Sanitation, dispensaries and jails vaccination Rajputana 1922-1927 - 1922-1927
Year: 1922
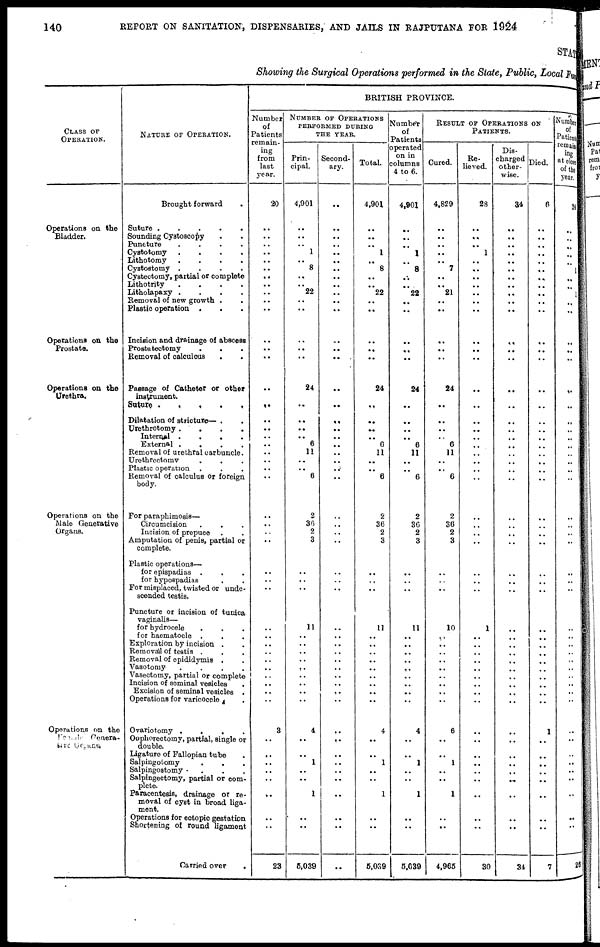
140
REPORT ON SANITATION, DISPENSARIES, AND JAILS IN RAJPUTANA FOR 1924
STATE
Showing the Surgical Operations performed in the State, Public, Local Fund
CLASS OF
OPERATION.
Operations on the
Bladder.
Operations on the
Prostate.
Operations on the
Urethra.
Operations on the
Male Generative
Organs.
Operations on the
Femal e Gener a-
tive Organs.
NATURE OF OPERATION.
Brought forward .
Suture .
.
.
.
.
Sounding Cystoscopy . .
Puncture
.
.
.
.
Cystotomy
.
.
.
.
Lithotomy
.
.
.
.
Cystostomy .
.
.
.
Cystectomy, partial or complete
Lithotrity
.
.
.
.
Litholapaxy .
.
.
.
Removal of new growth . .
Plastic operation .
. .
Incision and drainage of abscess
Prostatectomy . . .
Removal of calculcus. .
Passage of Catheter or other
instrument.
Suture .
.
.
.
.
Dilatation of stricture— . .
Urethrotomy .
.
.
.
Internal .
.
.
.
External .
.
.
.
Removal of urethral carbuncle.
Urethrectomy . . .
Plastic operation . . .
Removal of calculus or foreign
body.
For paraphimosis—
Circumcision
.
. .
Incision of prepuce . .
Amputation of penis, partial or
complete.
Plastic operations—
for epispadias .
. .
for hypospadias . .
For misplaced, twisted or unde-
scended testis.
Puncture or incision of tunica
vaginalis—
for hydrocele . . .
for haematocle . . .
Exploration by incision . .
Removal of testis . . .
Removal of epididymis . .
Vasotomy
.
.
.
.
Vasectomy, partial or complete
Incision of seminal vesicles .
Excision of seminal vesicles .
Operations for varicocele . .
Ovariotomy .
.
.
.
Oophorectomy, partial, single or
double.
Ligature of Fallopian tube .
Salpingotomy
.
. .
Salpingostomy .
. . .
Salpingectomy, partial or com-
plete.
Paracentesis, drainage or re-
moval of cyst in broad liga-
ment.
Operations for ectopic gestation
Shortening of round ligament
Carried over
.
BRITISH PROVINCE.
Number
of
Patients
remain-
ing
from
last
year.
20
..
..
..
..
..
..
..
..
..
..
..
..
..
..
..
..
..
..
..
..
..
..
..
..
..
..
..
..
..
..
..
..
..
..
..
..
..
..
..
..
..
..
3
..
..
..
..
..
..
..
..
23
NUMBER OF OPERATIONS
PERFORMED DURING
THE YEAR.
Prin-
cipal.
4,901
..
..
..
1
.. 8
..
..
22
..
..
..
..
..
24
..
..
..
.. 6
11
..
..
6
2
36
2
3
..
..
..
..
11
..
..
..
..
..
..
..
..
..
4
..
..
1
..
..
1
..
..
5,039
Second-
ary.
..
..
..
..
..
..
..
..
..
..
..
..
..
..
..
..
..
..
..
..
..
..
..
..
..
..
..
..
..
..
..
..
..
..
..
..
..
..
..
..
..
..
..
..
..
..
..
..
..
..
..
..
..
Total.
4,901
..
..
..
1
.. 8
..
..
22
..
..
..
..
..
24
..
..
..
.. 6
11
..
..
6
2
36
2
3
..
..
..
..
11
..
..
..
..
..
..
..
..
..
4
..
..
1
..
..
1
..
..
5,039
Number
of
Patients
operated
on in
columns
4 to 6.
4,901
..
..
..
1
.. 8
..
..
22
..
..
..
..
..
24
..
..
..
.. 6
11
..
..
6
2
36
2
3
..
..
..
..
11
..
..
..
..
..
..
..
..
..
4
..
..
1
..
..
1
..
..
5,039
RESULT OF OPERATIONS ON
PATIENTS.
Cured.
4,829
..
..
..
..
.. 7
..
..
21
..
..
..
..
..
24
..
..
..
..
6
11
..
..
6
2
36
2
3
..
..
..
..
10
..
..
..
..
..
..
..
..
..
6
..
..
1
..
..
1
..
..
4,965
Re-
lieved.
28
..
..
..
1
..
..
..
..
..
..
..
..
..
..
..
..
..
..
..
..
..
..
..
..
..
..
..
..
..
..
..
..
1
..
..
..
..
.. ..
..
..
..
..
..
..
..
..
..
..
..
..
30
Dis-
charged
other-
wise.
34
..
..
..
..
..
..
..
..
..
..
..
..
..
..
..
..
..
..
..
..
..
..
..
..
..
..
..
..
..
..
..
..
..
..
..
..
..
..
..
..
..
..
..
..
..
..
..
..
..
..
..
34
Died.
6
..
..
..
..
..
..
..
..
..
..
..
..
..
..
..
..
..
..
..
..
..
..
..
..
..
..
..
..
..
..
..
..
..
..
..
..
..
..
..
..
..
..
1
..
..
..
..
..
..
..
..
7
Number
of
Patients
remain-
ing
at close
of the
year.
24
..
..
..
..
..
..
..
..
..
..
..
..
..
..
..
..
..
..
..
..
..
..
..
..
..
..
..
..
..
..
..
..
..
..
..
..
..
.. ..
..
..
..
..
..
..
..
..
..
..
..
..
26